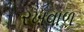
રખવાળ